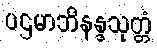
ပဌမာဘိနန္ဒသုတ္တံ